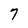
Character: 7